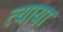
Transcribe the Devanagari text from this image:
त्याया